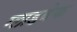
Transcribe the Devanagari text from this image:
ग्लाडबेक